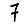
Digit: 7